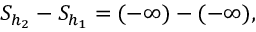
S _ { h _ { 2 } } - S _ { h _ { 1 } } = ( - \infty ) - ( - \infty ) ,